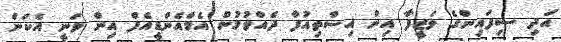
އަދި ސިފައިންގެ ވަޒީފާ އިން އިސްތިއުފާ ދެއްވުމުން އެމްއެންޑީއެފް އިން ވަނީ އެކަން